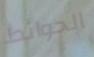
الحوائط